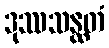
ဒုဿသန္ထတံ